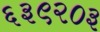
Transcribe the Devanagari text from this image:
६३९२०३